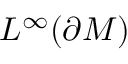
L ^ { \infty } ( \partial M )